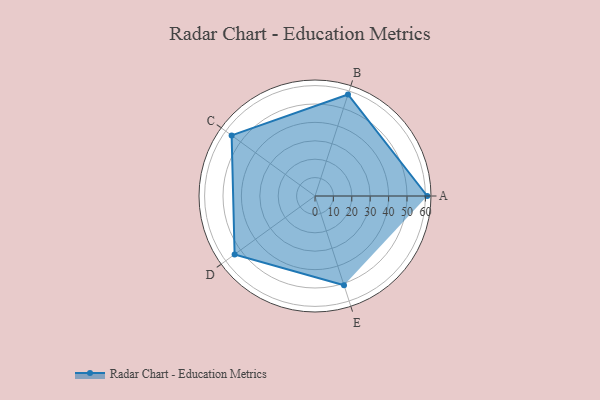
{"axis": {"x": "Skill", "y": "Score"}, "legend": ["Profile"], "data": [{"x": "A", "y": 61.0, "type": "Profile"}, {"x": "B", "y": 58.0, "type": "Profile"}, {"x": "C", "y": 56.0, "type": "Profile"}, {"x": "D", "y": 54.0, "type": "Profile"}, {"x": "E", "y": 51.0, "type": "Profile"}]}